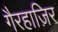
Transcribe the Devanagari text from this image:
गैरहाज़िर